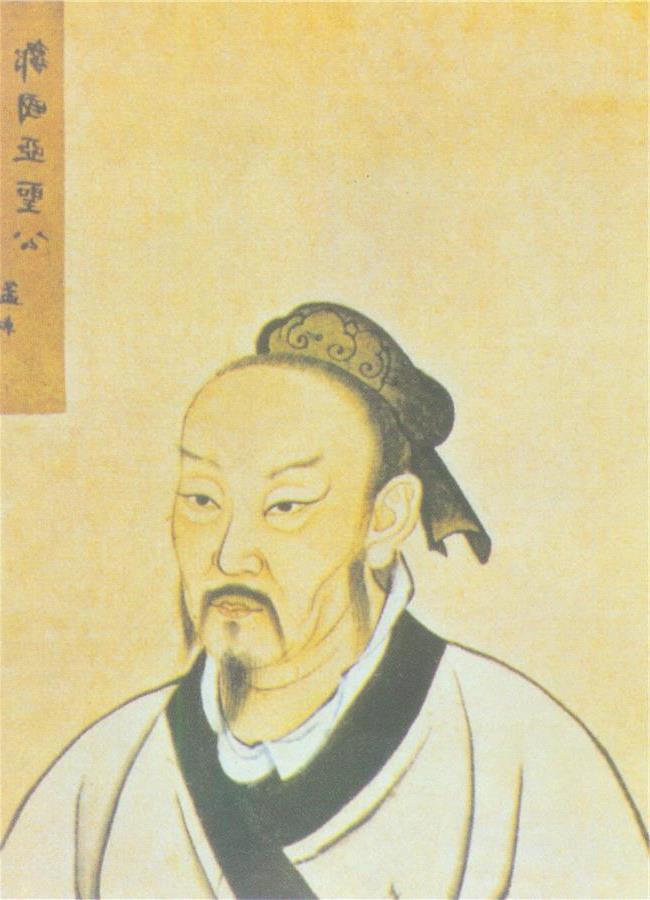
离娄之明，公输子之巧，不以规矩，不能成方员师旷之聪，不以六律，不能正五音尧舜之道，不以仁政，不能